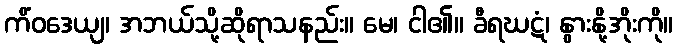
ကိံဝဒေယျ၊ အဘယ်သို့ဆိုရာသနည်း။ မေ၊ ငါ၏။ ခီရဃဋံ၊ နွားနို့အိုးကို။